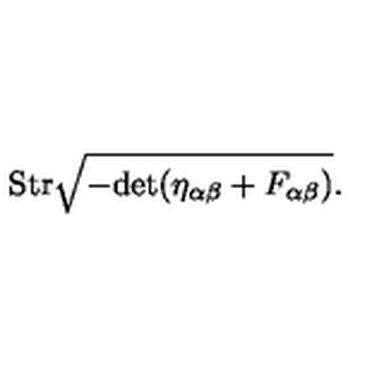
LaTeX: \mathrm { S t r } \sqrt { - \mathrm { d e t } ( \eta _ { \alpha \beta } + F _ { \alpha \beta } ) } .